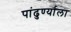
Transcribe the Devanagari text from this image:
पांढुर्ण्याला